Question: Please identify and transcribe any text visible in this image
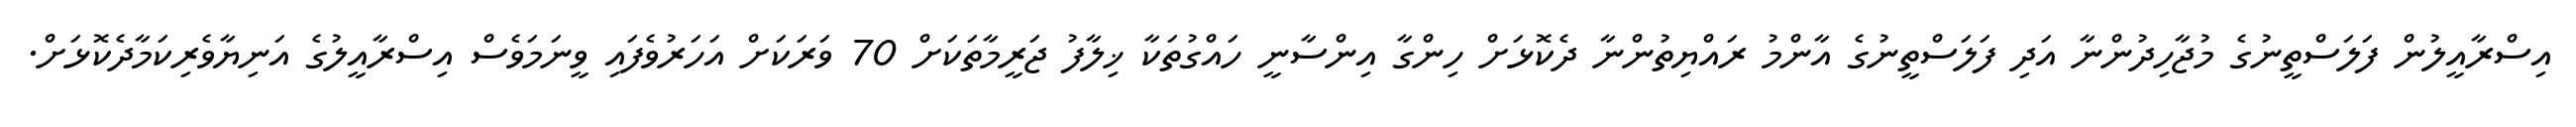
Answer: އިސްރާއީލުން ފަލަސްތީނުގެ މުޖާހިދުންނާ އަދި ފަލަސްތީނުގެ އާންމު ރައްޔިތުންނާ ދެކޮޅަށް ހިންގާ އިންސާނީ ހައްގުތަކާ ޚިލާފު ޖަރީމާތަކަށް 70 ވަރަކަށް އަހަރުވެފައި ވީނަމަވެސް އިސްރާއީލުގެ އަނިޔާވެރިކަމާދެކޮޅަށް.